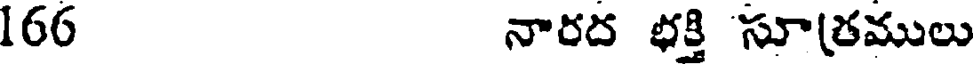
166 నారద భక్తి సూత్రములు